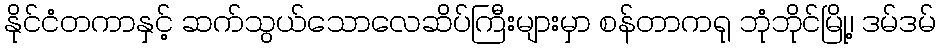
နိုင်ငံတကာနှင့် ဆက်သွယ်သောလေဆိပ်ကြီးများမှာ စန်တာကရု ဘုံဘိုင်မြို့၊ ဒမ်ဒမ်